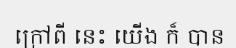
ក្រៅពី នេះ យើង ក៏ បាន